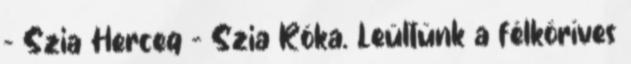
- Szia Herceg - Szia Róka. Leültünk a félköríves